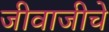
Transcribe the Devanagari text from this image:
जीवाजीचे